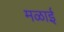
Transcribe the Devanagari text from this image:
मळाई